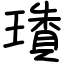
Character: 璳